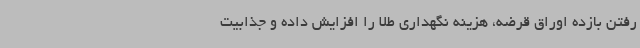
رفتن بازده اوراق قرضه، هزینه نگهداری طلا را افزایش داده و جذابیت